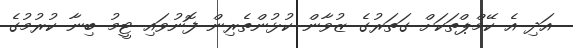
އަދި އެ ކޭމްޕްތަކަށް ގަތަރުގެ ޒުވާން ކުޅުންތެރިން ފޮނުވައި ޓީމު ބިނާ ކުރުމުގެ